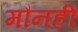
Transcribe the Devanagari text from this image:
मौनही